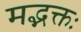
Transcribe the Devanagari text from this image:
मद्भक्तः